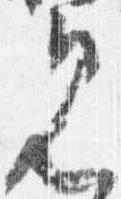
見